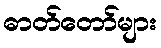
ဓာတ်တော်များ